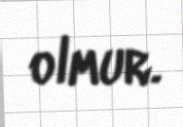
olmur.